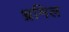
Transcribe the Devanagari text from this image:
भ्रमिल